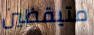
متيقظين